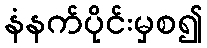
နံနက်ပိုင်းမှစ၍